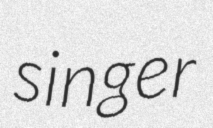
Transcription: singer